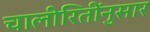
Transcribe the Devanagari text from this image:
चालीरितींनुसार